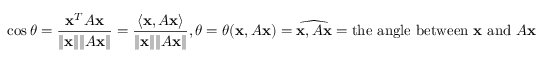
\cos \theta = { \frac { \mathbf { x } ^ { T } A \mathbf { x } } { \lVert \mathbf { x } \rVert \lVert A \mathbf { x } \rVert } } = { \frac { \langle \mathbf { x } , A \mathbf { x } \rangle } { \lVert \mathbf { x } \rVert \lVert A \mathbf { x } \rVert } } , \theta = \theta ( \mathbf { x } , A \mathbf { x } ) = { \widehat { \mathbf { x } , A \mathbf { x } } } = { \mathrm { t h e ~ a n g l e ~ b e t w e e n ~ } } \mathbf { x } { \mathrm { ~ a n d ~ } } A \mathbf { x }